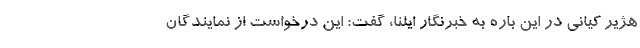
هژیر کیانی در این باره به خبرنگار ایلنا، گفت: این درخواست از نمایندگان